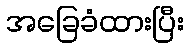
အခြေခံထားပြီး